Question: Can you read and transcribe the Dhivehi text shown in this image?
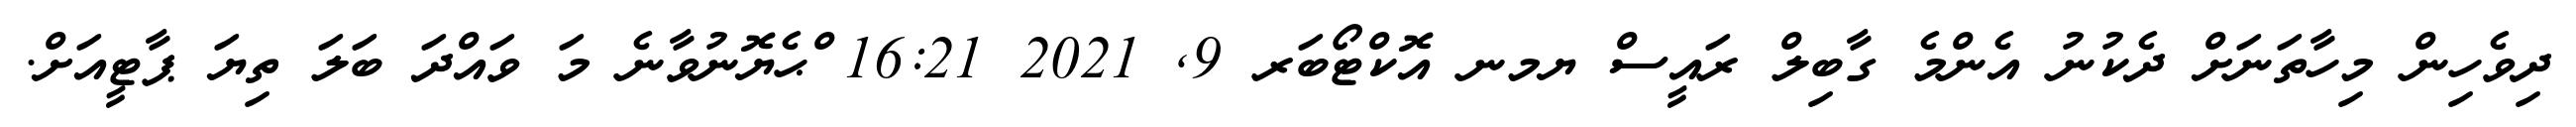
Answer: ދިވެހިން މިހާތަނަށް ދެކުނު އެންމެ ގާބިލް ރައީސް ޔމނ އޮކްޓޯބަރ 9, 2021 16:21 ްޙެޔޮނުވާނެ މަ ވައްދަ ބަލަ ތިޔަ ޕާޓީއަށް.